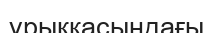
ұрыққасындағы